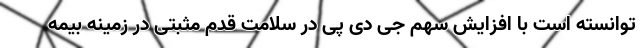
توانسته است با افزایش سهم جی دی پی در سلامت قدم مثبتی در زمینه بیمه